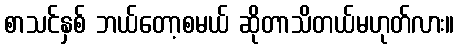
စာသင်နှစ် ဘယ်တော့စမယ် ဆိုတာသိတယ်မဟုတ်လား။